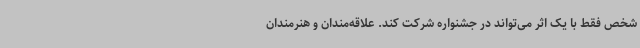
شخص فقط با یک اثر می‌تواند در جشنواره شرکت کند. علاقه‌مندان و هنرمندان